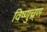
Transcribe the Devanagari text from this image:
विष्णुच्र्ण